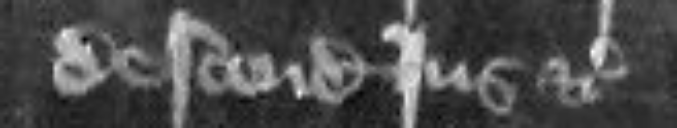
descendit jus etc